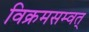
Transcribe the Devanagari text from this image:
विक्रमसम्वत्